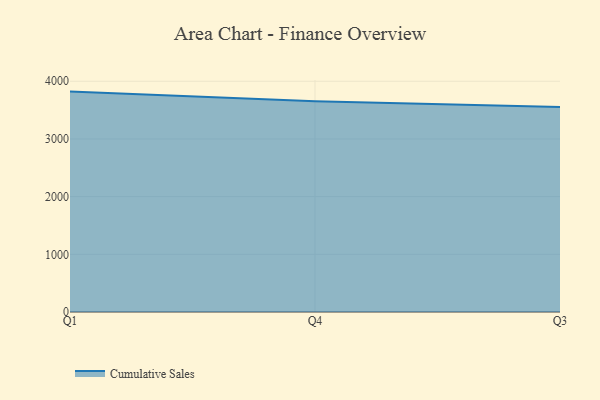
{"axis": {"x": "Quarter", "y": "Page Views"}, "legend": ["Cumulative Sales"], "data": [{"x": "Q1", "y": 3821.1, "type": "Cumulative Sales"}, {"x": "Q4", "y": 3655.5, "type": "Cumulative Sales"}, {"x": "Q3", "y": 3552.3, "type": "Cumulative Sales"}]}